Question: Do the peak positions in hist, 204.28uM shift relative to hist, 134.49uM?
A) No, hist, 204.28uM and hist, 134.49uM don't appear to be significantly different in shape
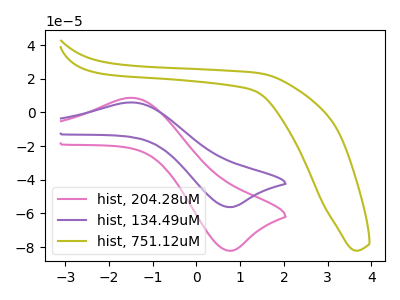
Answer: <think>The pink curve "hist, 204.28uM" has an anodic peak at (-1.50V, 8.70uA) and a cathodic peak at (0.75V, -82.10uA). The purple curve "hist, 134.49uM" has an anodic peak at (-1.50V, 5.95uA) and a cathodic peak at (0.75V, -56.20uA). The olive curve "hist, 751.12uM" has no peaks.
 All the peaks in "hist, 204.28uM" have a peak in "hist, 134.49uM" at the same potential. Every peak in "hist, 204.28uM" is higher than every peak in "hist, 134.49uM".</think>
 <answer>A) No, "hist, 204.28uM" and "hist, 134.49uM" don't appear to be significantly different in shape</answer>
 <eval>A</eval>